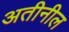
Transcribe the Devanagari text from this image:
अतीनील